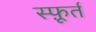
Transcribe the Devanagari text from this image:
स्फ़ूर्त